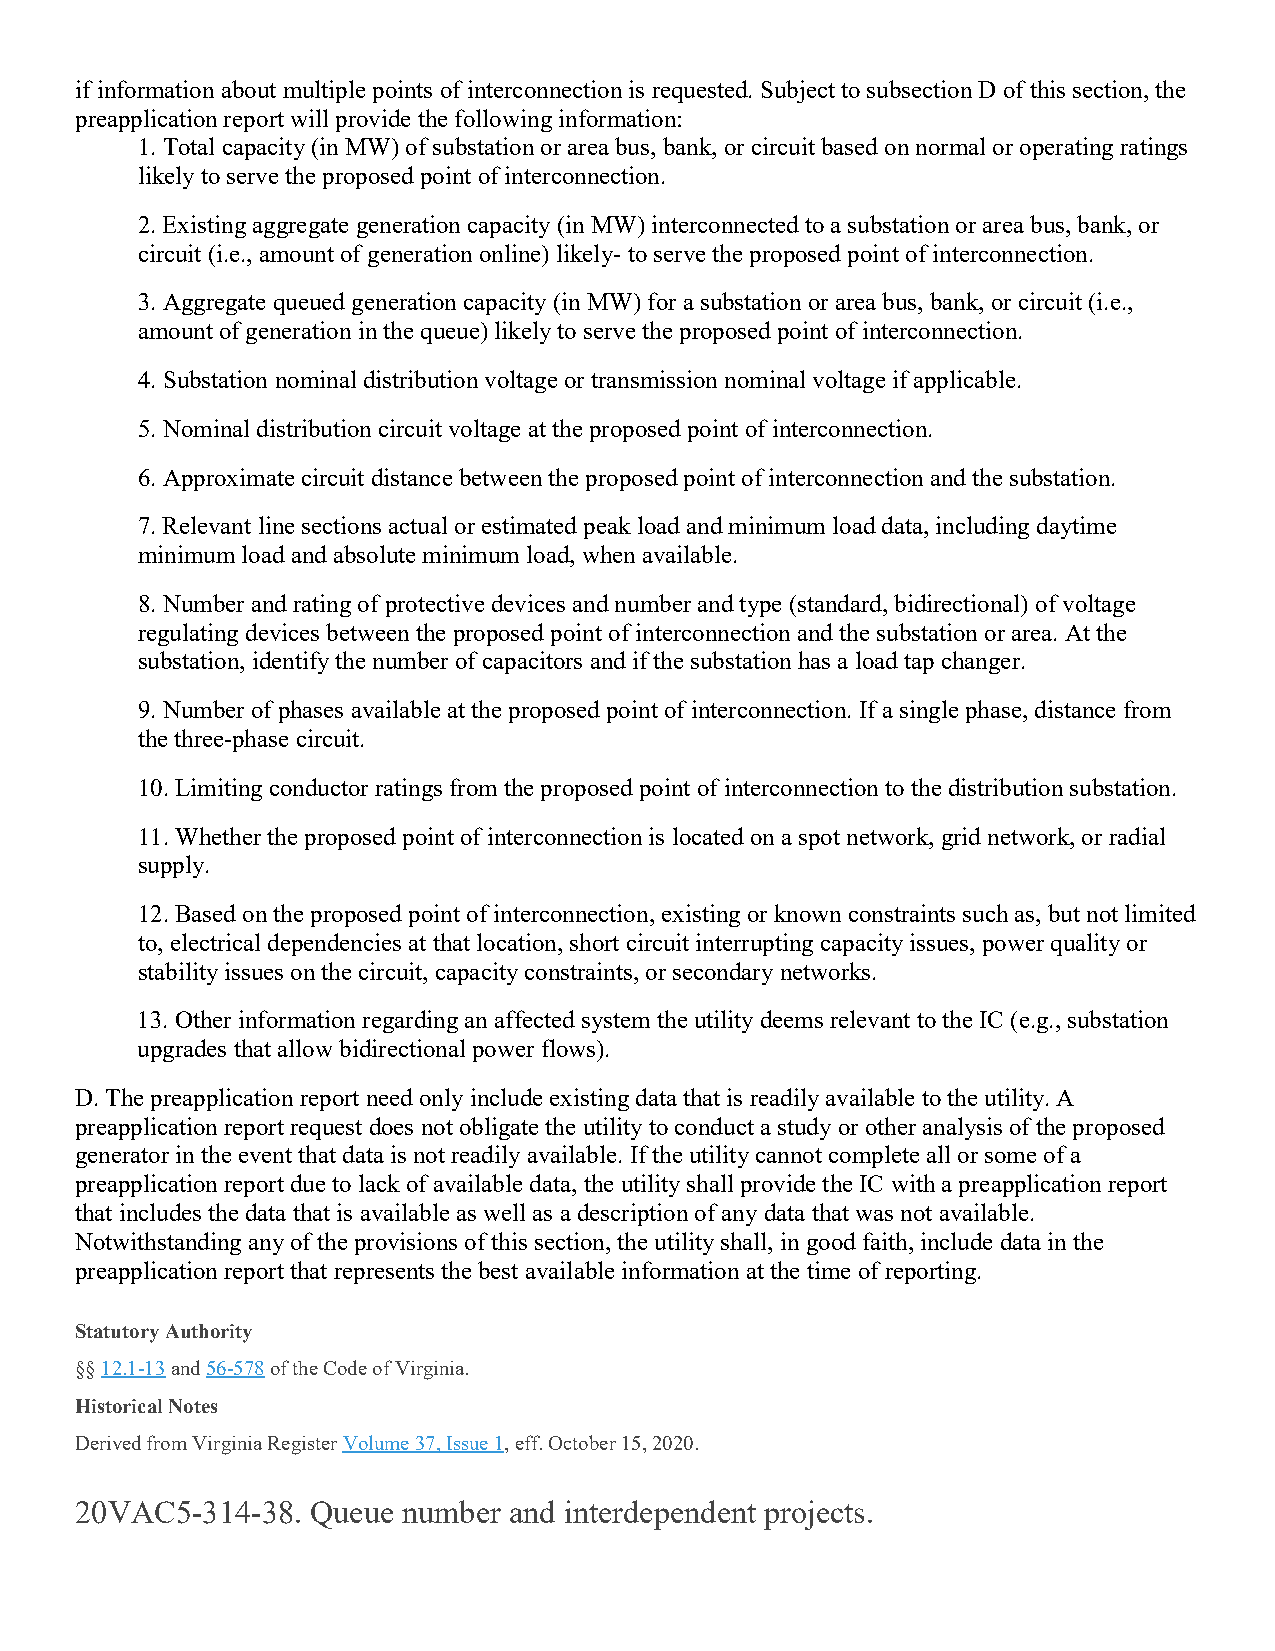
if information about multiple points of interconnection is requested. Subject to subsection D of this section, the
 preapplication report will provide the following information:
 1. Total capacity (in MW) of substation or area bus, bank, or circuit based on normal or operating ratings
 likely to serve the proposed point of interconnection.
 2. Existing aggregate generation capacity (in MW) interconnected to a substation or area bus, bank, or
 circuit (i.e., amount of generation online) likely- to serve the proposed point of interconnection.
 3. Aggregate queued generation capacity (in MW) for a substation or area bus, bank, or circuit (i.e.,
 amount of generation in the queue) likely to serve the proposed point of interconnection.
 4. Substation nominal distribution voltage or transmission nominal voltage if applicable.
 5. Nominal distribution circuit voltage at the proposed point of interconnection.
 6. Approximate circuit distance between the proposed point of interconnection and the substation.
 7. Relevant line sections actual or estimated peak load and minimum load data, including daytime
 minimum load and absolute minimum load, when available.
 8. Number and rating of protective devices and number and type (standard, bidirectional) of voltage
 regulating devices between the proposed point of interconnection and the substation or area. At the
 substation, identify the number of capacitors and if the substation has a load tap changer.
 9. Number of phases available at the proposed point of interconnection. If a single phase, distance from
 the three-phase circuit.
 10. Limiting conductor ratings from the proposed point of interconnection to the distribution substation.
 11. Whether the proposed point of interconnection is located on a spot network, grid network, or radial
 supply.
 12. Based on the proposed point of interconnection, existing or known constraints such as, but not limited
 to, electrical dependencies at that location, short circuit interrupting capacity issues, power quality or
 stability issues on the circuit, capacity constraints, or secondary networks.
 13. Other information regarding an affected system the utility deems relevant to the IC (e.g., substation
 upgrades that allow bidirectional power flows).
 D. The preapplication report need only include existing data that is readily available to the utility. A
 preapplication report request does not obligate the utility to conduct a study or other analysis of the proposed
 generator in the event that data is not readily available. If the utility cannot complete all or some of a
 preapplication report due to lack of available data, the utility shall provide the IC with a preapplication report
 that includes the data that is available as well as a description of any data that was not available.
 Notwithstanding any of the provisions of this section, the utility shall, in good faith, include data in the
 preapplication report that represents the best available information at the time of reporting.
 Statutory Authority
 §§ 12.1-13 and 56-578 of the Code of Virginia.
 Historical Notes
 Derived from Virginia Register Volume 37, Issue 1, eff. October 15, 2020.
 20VAC5-314-38.  Queue number and interdependent projects.